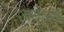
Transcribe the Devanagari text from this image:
अयास्य